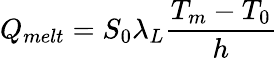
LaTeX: Q_{melt}=S_{0}\lambda_{L}\frac{T_{m}-T_{0}}{h}